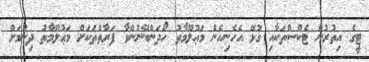
ޓީގެ އިތުރުން ޓެކްސްތަކާއި ގުޅޭ އެހެނިހެން މަޢުލޫމާތު ހޯދަންބޭނުންވާ ފަރާތްތަކަށް މަޢުލޫމާތު ދިނުމަށް